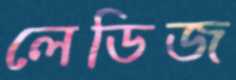
লেডিজ